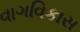
વાગવિકાસ